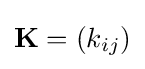
\mathbf {K} =(k_{ij})